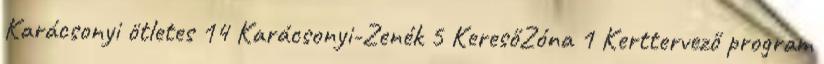
Karácsonyi ötletes 14 Karácsonyi-Zenék 5 KeresőZóna 1 Kerttervező program